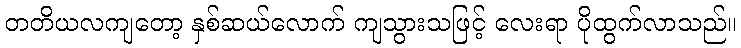
တတိယလကျတော့ နှစ်ဆယ်လောက် ကျသွားသဖြင့် လေးရာ ပိုထွက်လာသည်။